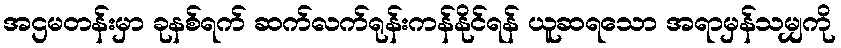
အဌမတန်းမှာ ခုနစ်ရက် ဆက်လက်ရုန်းကန်နိုင်ရန် ယူဆရသော အရာမှန်သမျှကို